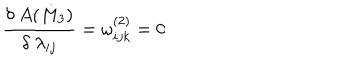
LaTeX: \frac { \delta ~ A ( M _ { 3 } ) } { \delta ~ \lambda _ { i j } } = \omega _ { i j k } ^ { ( 2 ) } = 0